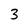
Character: 3